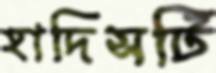
হাদিসটি